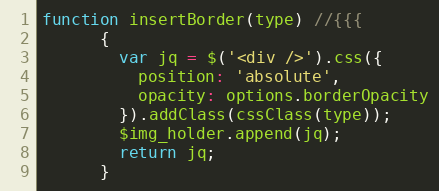
Language: JavaScript
function insertBorder(type) //{{{
      {
        var jq = $('<div />').css({
          position: 'absolute',
          opacity: options.borderOpacity
        }).addClass(cssClass(type));
        $img_holder.append(jq);
        return jq;
      }